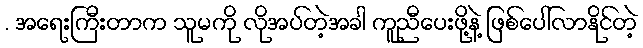
. အရေးကြီးတာက သူမကို လိုအပ်တဲ့အခါ ကူညီပေးဖို့နဲ့ ဖြစ်ပေါ်လာနိုင်တဲ့